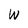
Character: W